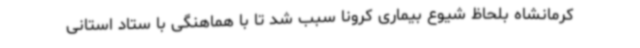
کرمانشاه بلحاظ شیوع بیماری کرونا سبب شد تا با هماهنگی با ستاد استانی